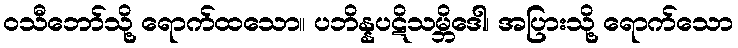
ဝသီဘော်သို့ ရောက်ထသော။ ပဘိန္နပဋိသမ္ဘိဒေါ၊ အပြားသို့ ရောက်သော